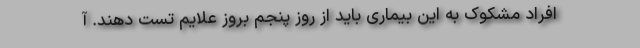
افراد مشکوک به این بیماری باید از روز پنجم بروز علایم تست دهند. آ